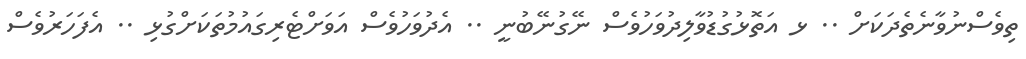
ތިވެސްނުވާނެތެދަކަށް .. ޅ އަތޮޅުގުޑުވާލިދުވަހުވެސް ނޭގުނޭބުނީ .. އެދުވަހުވެސް އަވަށްޓެރިގައުމުތަކަށްގުޅި .. އެފަހަރުވެސް